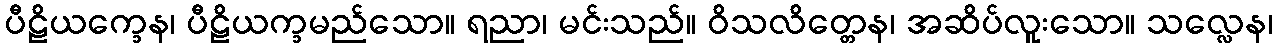
ပီဠိယက္ခေန၊ ပီဠိယက္ခမည်သော။ ရညာ၊ မင်းသည်။ ဝိသလိတ္တေန၊ အဆိပ်လူးသော။ သလ္လေန၊